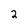
Character: 2